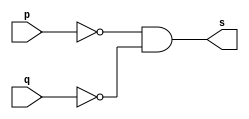
// --------------------- 
// Exercicio01-05 - NOR
// Nome: Lucas Siqueira Chagas	 
// --------------------- 
// --------------------- 
// -- NAND
// --------------------- 
module norgate (output s, 
input p, 
input q); 
assign s = ~p&~q; 
endmodule // norgate 
// --------------------- 
// -- test norgate 
// --------------------- 
module testnorgate; 
// ------------------------- dados locais 
reg a,b; // definir registrador 
wire s; // definir conexao (fio) 
// ------------------------- instancia 
norgate NOR1 (s, a, b); 
// ------------------------- preparacao 
initial begin:start 
a=0; 
b=0;
end 
// ------------------------- parte principal 
initial begin:main 
$display("Exercicio01-05 - Lucas Siqueira Chagas - 380783"); 
$display("Test NOR gate por de morgan"); 
$display("\n (~a & ~b) = s\n"); 
a=0; b=0;
$monitor("(~%b & ~%b) = %b", a, b, s);
#1 a=0; b=1;
#1 a=1; b=0;
#1 a=1; b=1;
end 
endmodule // testnorgate